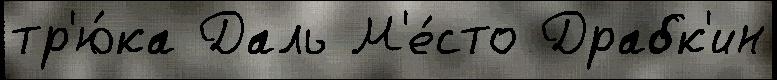
тр'ю́ка Даль М'е́сто Драбк'ин